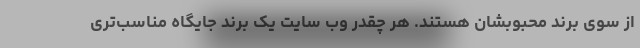
از سوی برند محبوبشان هستند. هر چقدر وب سایت یک برند جایگاه مناسب‌تری